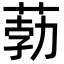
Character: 葧